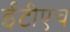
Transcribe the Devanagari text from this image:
ईटीएच